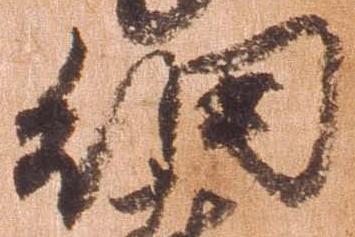
細